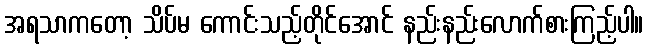
အရသာကတော့ သိပ်မ ကောင်းသည့်တိုင်အောင် နည်းနည်းလောက်စားကြည့်ပါ။